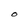
Character: O